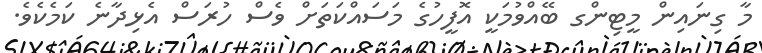
މާ ގިނައިން މީޓިންގ ބޭއްވުމަކީ އޮފީހުގެ މަސައްކަތަށް ވެސް ހުރަސް އެޅިދާނެ ކަމެކެވެ.